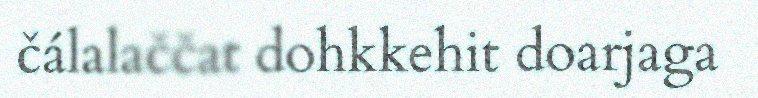
čálalaččat dohkkehit doarjaga